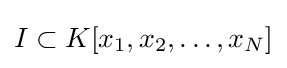
I\subset K[x_{1},x_{2},\ldots ,x_{N}]